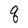
Character: q